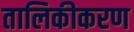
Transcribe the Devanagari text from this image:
तालिकीकरण